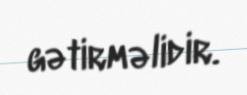
gətirməlidir.